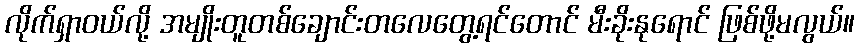
လိုက်ရှာဝယ်လို့ အမျိုးတူတစ်ချောင်းတလေတွေ့ရင်တောင် မီးခိုးနုရောင် ဖြစ်ဖို့မလွယ်။